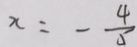
x = - \frac { 4 } { 5 }